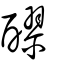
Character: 醪